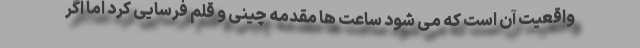
واقعیت آن است که می شود ساعت ها مقدمه چینی و قلم فرسایی کرد اما اگر